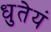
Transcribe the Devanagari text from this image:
धुतेयं